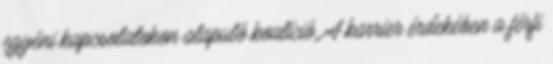
egyéni kapcsolatokon alapuló koalíció. A karrier érdekében a férfi